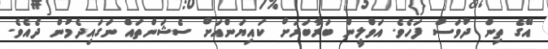
އޭގެ ތިން ދުވަސް ފަހެވެ. އަވްލީން ބަރާބަރަށް ކައިޔަންއަށް ސެޝަންތައް ނަގައިދެމުން ދެއެވެ.